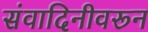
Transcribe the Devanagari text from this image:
संवादिनीवरून